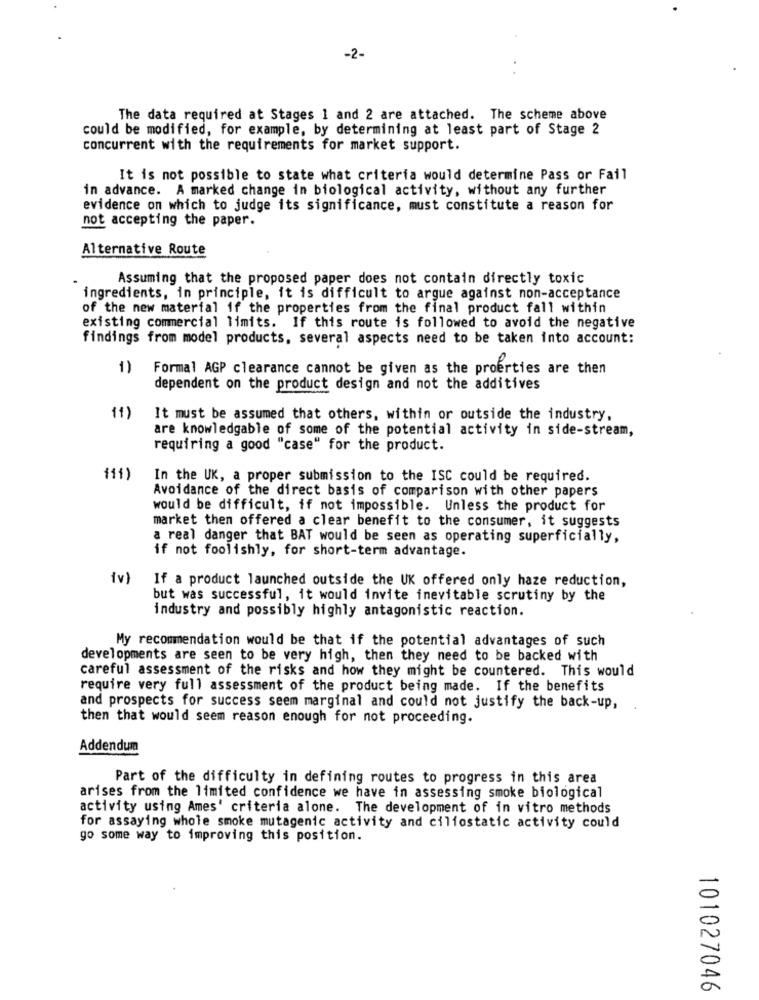
-2-
The data required at Stages 1 and 2 are attached. The scheme above
could be modified, for example, by determining at least part of Stage 2
concurrent with the requirements for market support.
It is not possible to state what criteria would determine Pass or Fail
in advance. A marked change in biological activity, without any further
evidence on which to judge its significance, must constitute a reason for
not accepting the paper.
Alternative Route
Assuming that the proposed paper does not contain directly toxic
ingredients, in principle, it is difficult to argue against non-acceptance
of the new material if the properties from the final product fall within
existing commercial limits. If this route is followed to avoid the negative
findings from model products, several aspects need to be taken into account:
1) Formal AGP clearance cannot be given as the proerties are then
dependent on the product design and not the additives
11)
It must be assumed that others, within or outside the industry,
are knowledgable of some of the potential activity in side-stream,
requiring a good "case" for the product.
(11)
In the UK, a proper submission to the ISC could be required.
Avoidance of the direct basis of comparison with other papers
would be difficult, if not impossible. Unless the product for
market then offered a clear benefit to the consumer, it suggests
a real danger that BAT would be seen as operating superficially,
if not foolishly, for short-term advantage.
iv)
If a product launched outside the UK offered only haze reduction,
but was successful, it would invite inevitable scrutiny by the
industry and possibly highly antagonistic reaction.
My recommendation would be that if the potential advantages of such
developments are seen to be very high, then they need to be backed with
careful assessment of the risks and how they might be countered. This would
require very full assessment of the product being made. If the benefits
and prospects for success seem marginal and could not justify the back-up,
then that would seem reason enough for not proceeding.
Addendum
Part of the difficulty in defining routes to progress in this area
arises from the limited confidence we have in assessing smoke biological
activity using Ames' criteria alone. The development of in vitro methods
for assaying whole smoke mutagenic activity and ciliostatic activity could
go some way to improving this position.
101027046